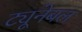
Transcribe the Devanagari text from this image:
ट्यूनेबल